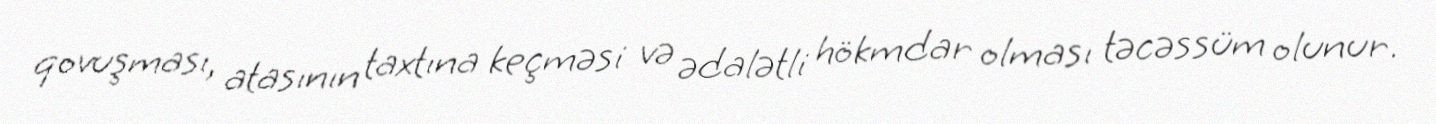
qovuşması, atasının taxtına keçməsi və ədalətli hökmdar olması təcəssüm olunur.